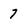
Character: 7